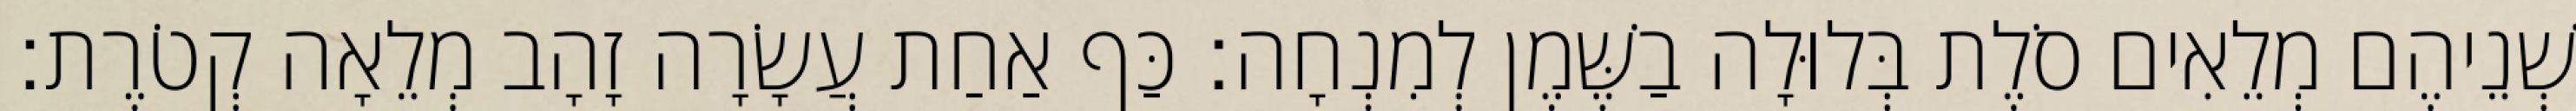
שְׁנֵיהֶם מְלֵאִים סֹלֶת בְּלוּלָה בַשֶּׁמֶן לְמִנְחָה׃ כַּף אַחַת עֲשָׂרָה זָהָב מְלֵאָה קְטֹרֶת׃